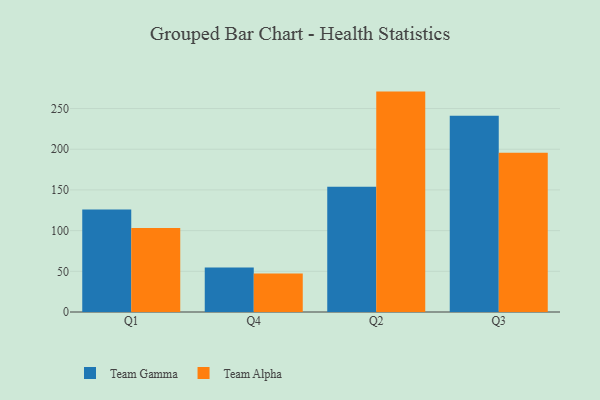
{"axis": {"x": "Quarter", "y": "Net Income (USD K)"}, "legend": ["Team Alpha", "Team Gamma"], "data": [{"x": "Q1", "y": 125.8, "type": "Team Gamma"}, {"x": "Q1", "y": 103.3, "type": "Team Alpha"}, {"x": "Q4", "y": 54.8, "type": "Team Gamma"}, {"x": "Q4", "y": 47.2, "type": "Team Alpha"}, {"x": "Q2", "y": 153.9, "type": "Team Gamma"}, {"x": "Q2", "y": 270.8, "type": "Team Alpha"}, {"x": "Q3", "y": 241.2, "type": "Team Gamma"}, {"x": "Q3", "y": 195.7, "type": "Team Alpha"}]}